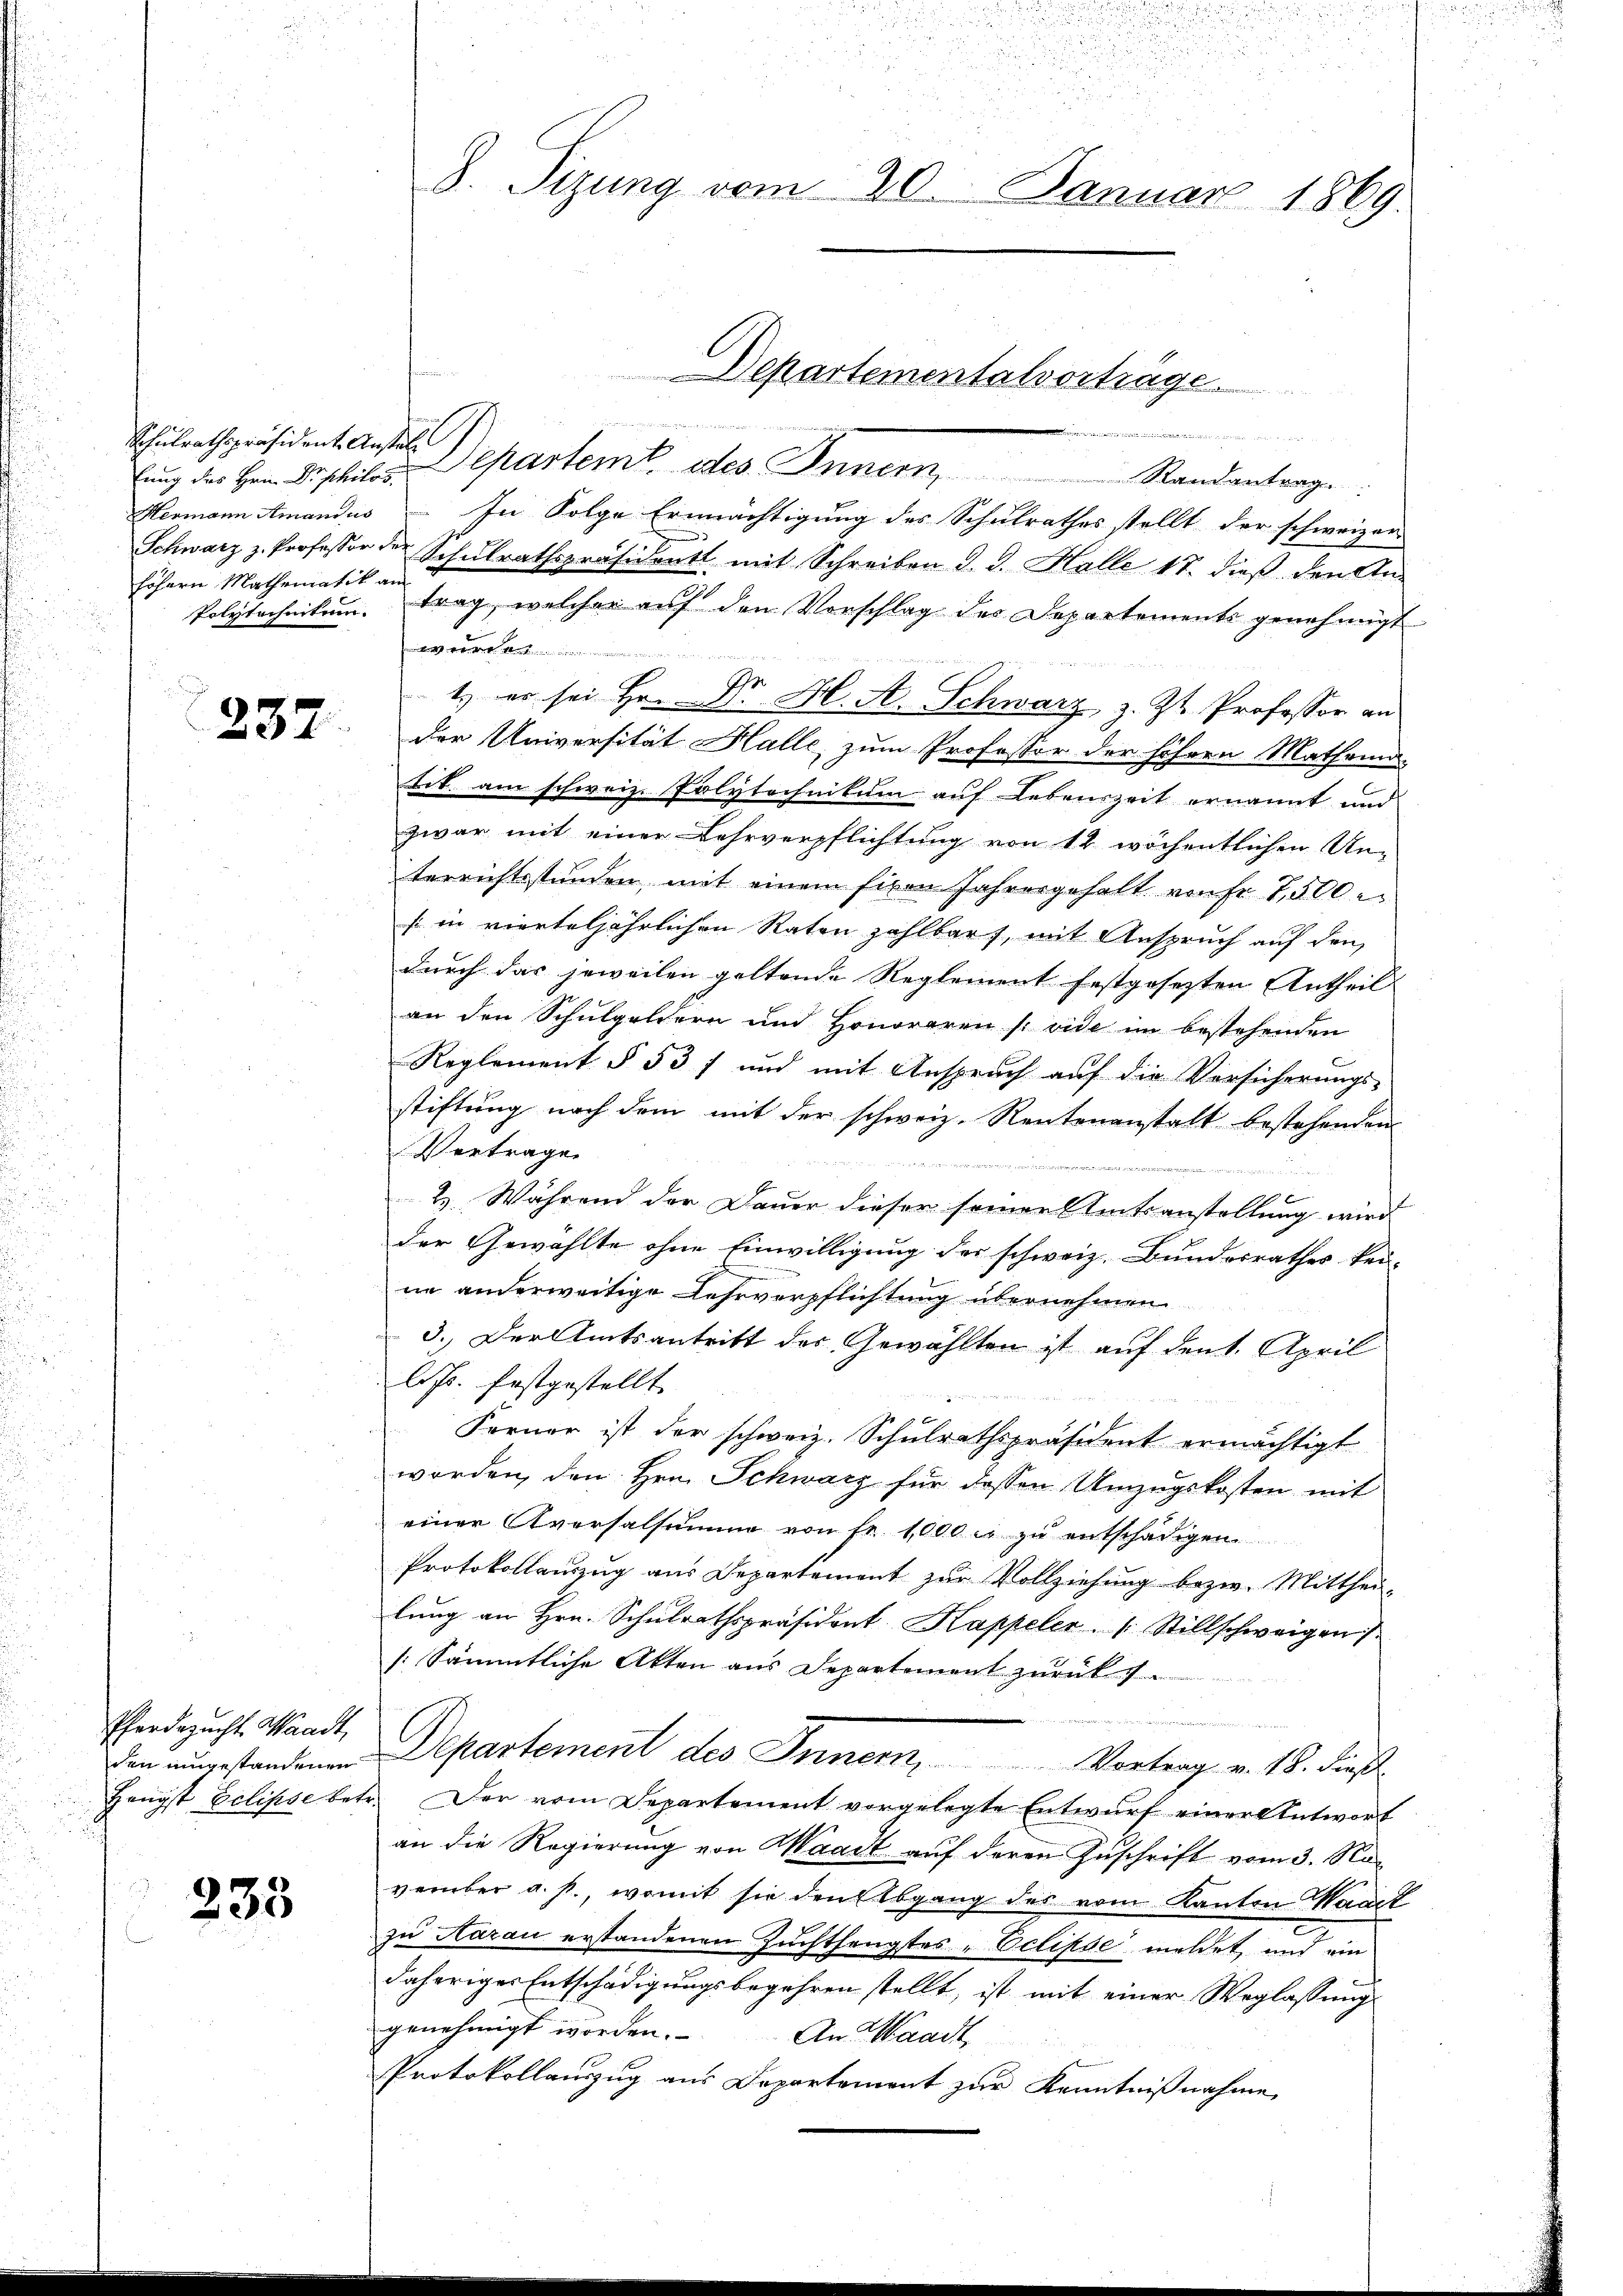
Schulrathspräsident Anstall
Hermann Amandus
höhern Mathematik an

237.

Pferdezucht Waadt,

233

8. Sizung vom 20. Januar 1869.

e
lŭng der Herr Deschiles Departemt, des Innern, Standentrage
In Folge Ermächtigung des Schulrathes stellt der schweizen
Schwarz z. Professor der Schŭlrathspräsident mit Schreiben d. d. Halle 17. dieβ den An-
Polytechnikum. trag, welcher aŭf den Vorschlag des Departements genehmigt

1. es sei Hr. Dr. H. A. Schwarz, z. Zt. Professor an
der Universität Halle, zum Professor der höhern Mathema-
tit. am schweiz. Polytechnikum auf Lebenszeit ernannt und
zwar mit einer Lehrverpflichtung von 12 wöchentlichen Un-
terrichtsstunden mit einem fixen Jahresgehalt renfr 7,500.
sin vierteljährlichen Raten zahlbar, mit Anspruch auf den
durch das jeweilen geltende Reglement festgesezten Antheil
an den Schulgeldern und Honoraren [vide im bestehenden
Reglement § 53 f und mit Anspruch auf die Versicherungs-
stiftung nach dem mit der schweiz. Rentenanstalt bestehenden
Vertrage

2. Während der Dauer dieser seiner Amtsanstellung wird
der Gewählte ohne Einwilligung des schweiz. Bundesrathes keine anderweitige Lehrverpflichtung übernehmen
3. Der Amtsantritt der Gewählten ist auf den 1. April
Chr. festgestellt.
Ferner ist der schweiz. Schulrathspräsident ermächtigt
worden, den Hrn. Schwarz für dessen Umzugskosten mit
einer Aversalsumme von Fr. 1,000 rt zu entschädigen.
Protokollauszug aus Departement zur Vollziehung bezw. Mitthei-
lung an Hrn. Schulrathspräsident Kappeler.   Stillschweigen
[Sämmtliche Akten aus Departement zurück.
Den angestandenen Departement des Innern, Vortrag v. 18. dieß
Hengst Eclipse betr. Der vom Departement vorgelegte Entwurf einer Antwort
an die Regierung von Waadt auf deren Zuschrift vom 3. Noverüber a. p., womit sie den Abgang des vom Kanton Waadt
zŭ Aarau erstandenen Zuchthengstes „Eclipse meldet und ein
daheriger Entschädigungsbegehren stellt, ist mit einer Weglassung
genehmigt worden.
An Waadt
Protokollauszug aus Departement zur Kenntnißnahme

Departementalvorträge.
 ich einer immenen